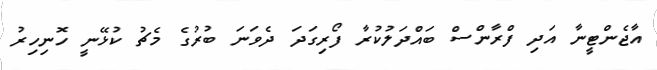
އާޖެންޓީނާ އަދި ފްރާންސް ބައްދަލުކުރާ ފޯރިގަދަ ދެވަނަ ބުރުގެ މެޗު ކުޅޭނީ ހޮނިހިރު